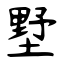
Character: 墅